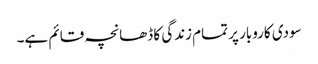
سودی کاروبار پر تمام زندگی کا ڈھانچہ قائم ہے۔